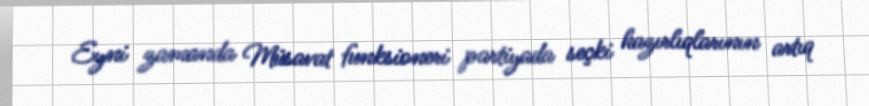
Eyni zamanda Müsavat funksioneri partiyada seçki hazırlıqlarının artıq